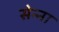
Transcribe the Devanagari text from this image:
सेन्‍ना